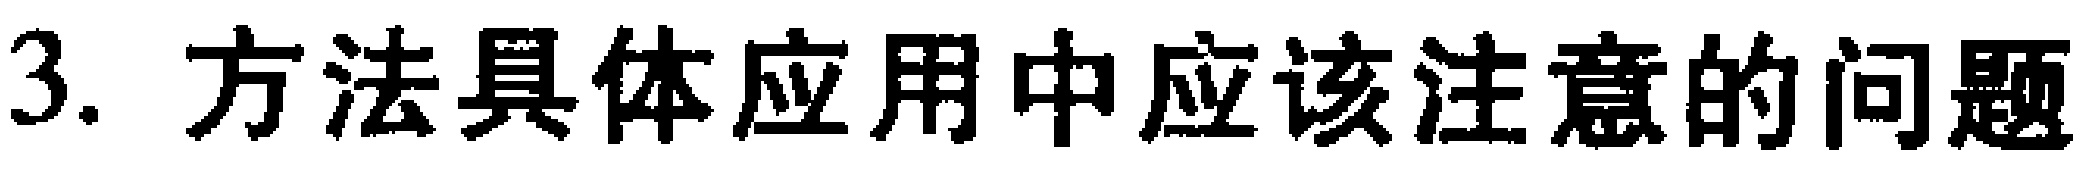
3. 方法具体应用中应该注意的问题